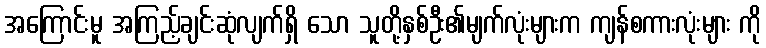
အကြောင်းမူ အကြည့်ချင်းဆုံလျက်ရှိ သော သူတို့နှစ်ဦး၏မျက်လုံးများက ကျန်စကားလုံးများ ကို